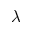
\lambda